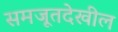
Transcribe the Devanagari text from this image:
समजूतदेखील